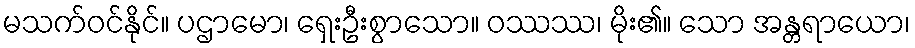
မသက်ဝင်နိုင်။ ပဌာမော၊ ရှေးဦးစွာသော။ ဝဿဿ၊ မိုး၏။ သော အန္တရာယော၊